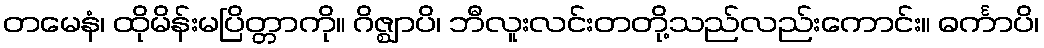
တမေနံ၊ ထိုမိန်းမပြိတ္တာကို။ ဂိဇ္ဈာပိ၊ ဘီလူးလင်းတတို့သည်လည်းကောင်း။ ဓင်္ကာပိ၊